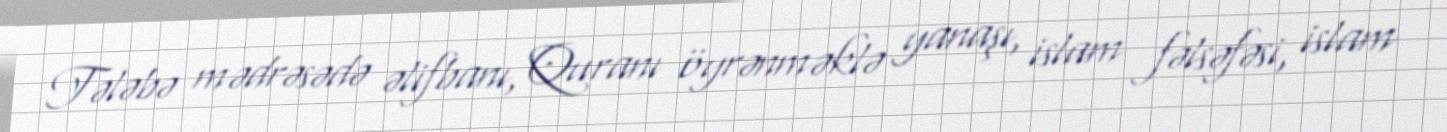
Tələbə mədrəsədə əlifbanı, Quranı öyrənməklə yanaşı, islam fəlsəfəsi, islam